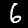
Label: 6